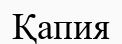
Қапия